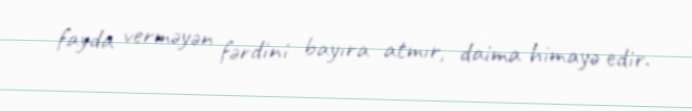
fayda verməyən fərdini bayıra atmır, daima himayə edir.